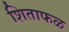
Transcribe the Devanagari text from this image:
शिताफळ